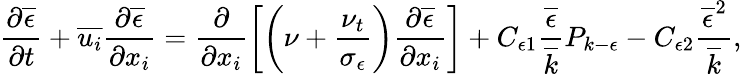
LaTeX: \frac{\partial\overline{{\epsilon}}}{\partial t}+\overline{{u_{i}}}\frac{\partial\overline{{\epsilon}}}{\partial x_{i}}=\frac{\partial}{\partial x_{i}}\left[\left(\nu+\frac{\nu_{t}}{\sigma_{\epsilon}}\right)\frac{\partial\overline{{\epsilon}}}{\partial x_{i}}\right]+C_{\epsilon 1}\frac{\overline{{\epsilon}}}{\overline{{k}}}P_{k-\epsilon}-C_{\epsilon 2}\frac{\overline{{\epsilon}}^{2}}{\overline{{k}}},